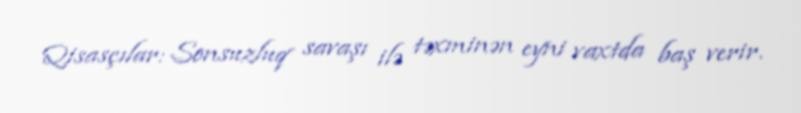
Qisasçılar: Sonsuzluq savaşı ilə təxminən eyni vaxtda baş verir.